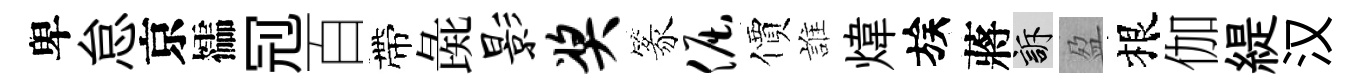
卑怠京櫺𠜍百帶彘影奖篆倔價誰煒族蔣訴盈根伽緹汉